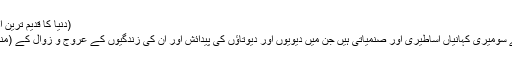
(دنیا کا قدیم ترین ادب، اول، صفحہ۱۳۷)
موضوعاتی اعتبار سے سُومیری کہانیاں اساطیری اور صنمیاتی ہیں جن میں دیویوں اور دیوتاؤں کی پیدائش اور ان کی زندگیوں کے عروج و زوال کے (منظوم) قصے شامل ہیں۔